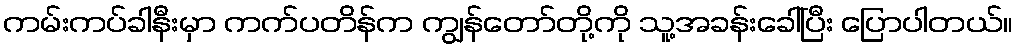
ကမ်းကပ်ခါနီးမှာ ကက်ပတိန်က ကျွန်တော်တို့ကို သူ့အခန်းခေါ်ပြီး ပြောပါတယ်။